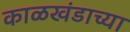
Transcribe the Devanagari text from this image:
काळखंडाच्या